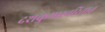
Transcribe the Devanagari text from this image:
दशकुमारचरितात